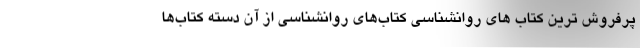
پرفروش ترین کتاب های روانشناسی کتاب‌های روانشناسی از آن دسته کتاب‌ها